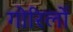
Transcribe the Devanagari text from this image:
गोरिलों